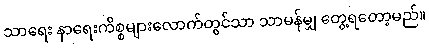
သာရေး နာရေးကိစ္စများလောက်တွင်သာ သာမန်မျှ တွေ့ရတော့မည်။